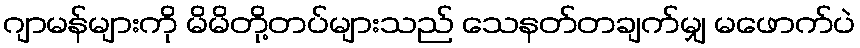
ဂျာမန်များကို မိမိတို့တပ်များသည် သေနတ်တချက်မျှ မဖောက်ပဲ